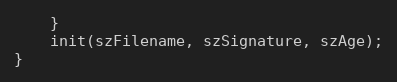
Language: C++
	}
	init(szFilename, szSignature, szAge);
}